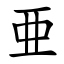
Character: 亜